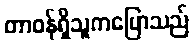
တာဝန်ရှိသူကပြောသည်